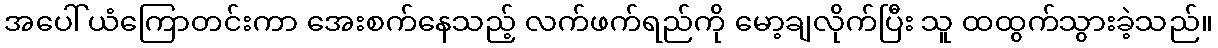
အပေါ်ယံကြောတင်းကာ အေးစက်နေသည့် လက်ဖက်ရည်ကို မော့ချလိုက်ပြီး သူ ထထွက်သွားခဲ့သည်။